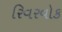
રિવરવોક